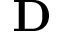
\mathbf { D }